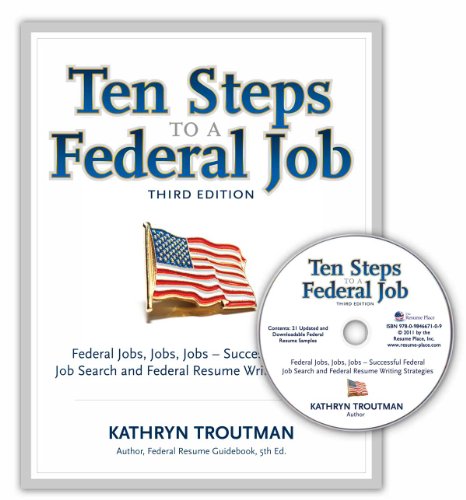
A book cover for Ten Steps to a Federal Job, 3rd Ed With CDROM (Ten Steps to a Federal Job: Federal Jobs, Jobs, Jobs); Kathryn Troutman; Business & Money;